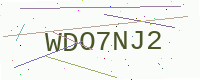
Text: WDO7NJ2